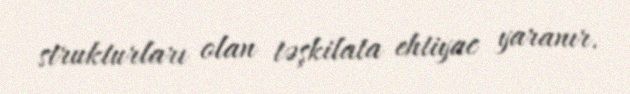
strukturları olan təşkilata ehtiyac yaranır.